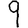
Digit: 9